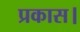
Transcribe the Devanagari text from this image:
प्रकास।